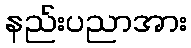
နည်းပညာအား